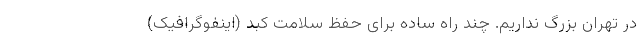
در تهران بزرگ نداریم. چند راه ساده برای حفظ سلامت کبد (اینفوگرافیک)